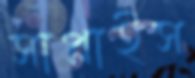
সাপ্লাইস